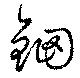
鈿